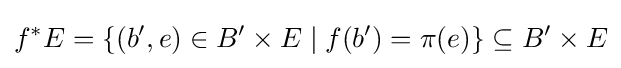
f^{*}E=\{(b',e)\in B'\times E\mid f(b')=\pi (e)\}\subseteq B'\times E